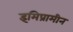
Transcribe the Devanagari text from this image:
इमिप्रामीन